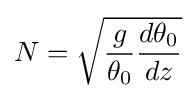
N={\sqrt {{g \over \theta _{0}}{d\theta _{0} \over dz}}}